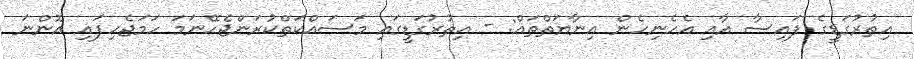
އިތުރުގަޑީގެ ފައިސާ އާއި އެހެނިހެން އިނާޔަތްތައް: - އިތުރުގަޑީގައި މަސައްކަތްކުރަންޖެހޭނަމަ ހަމަޖެހިފައި އޮންނަ